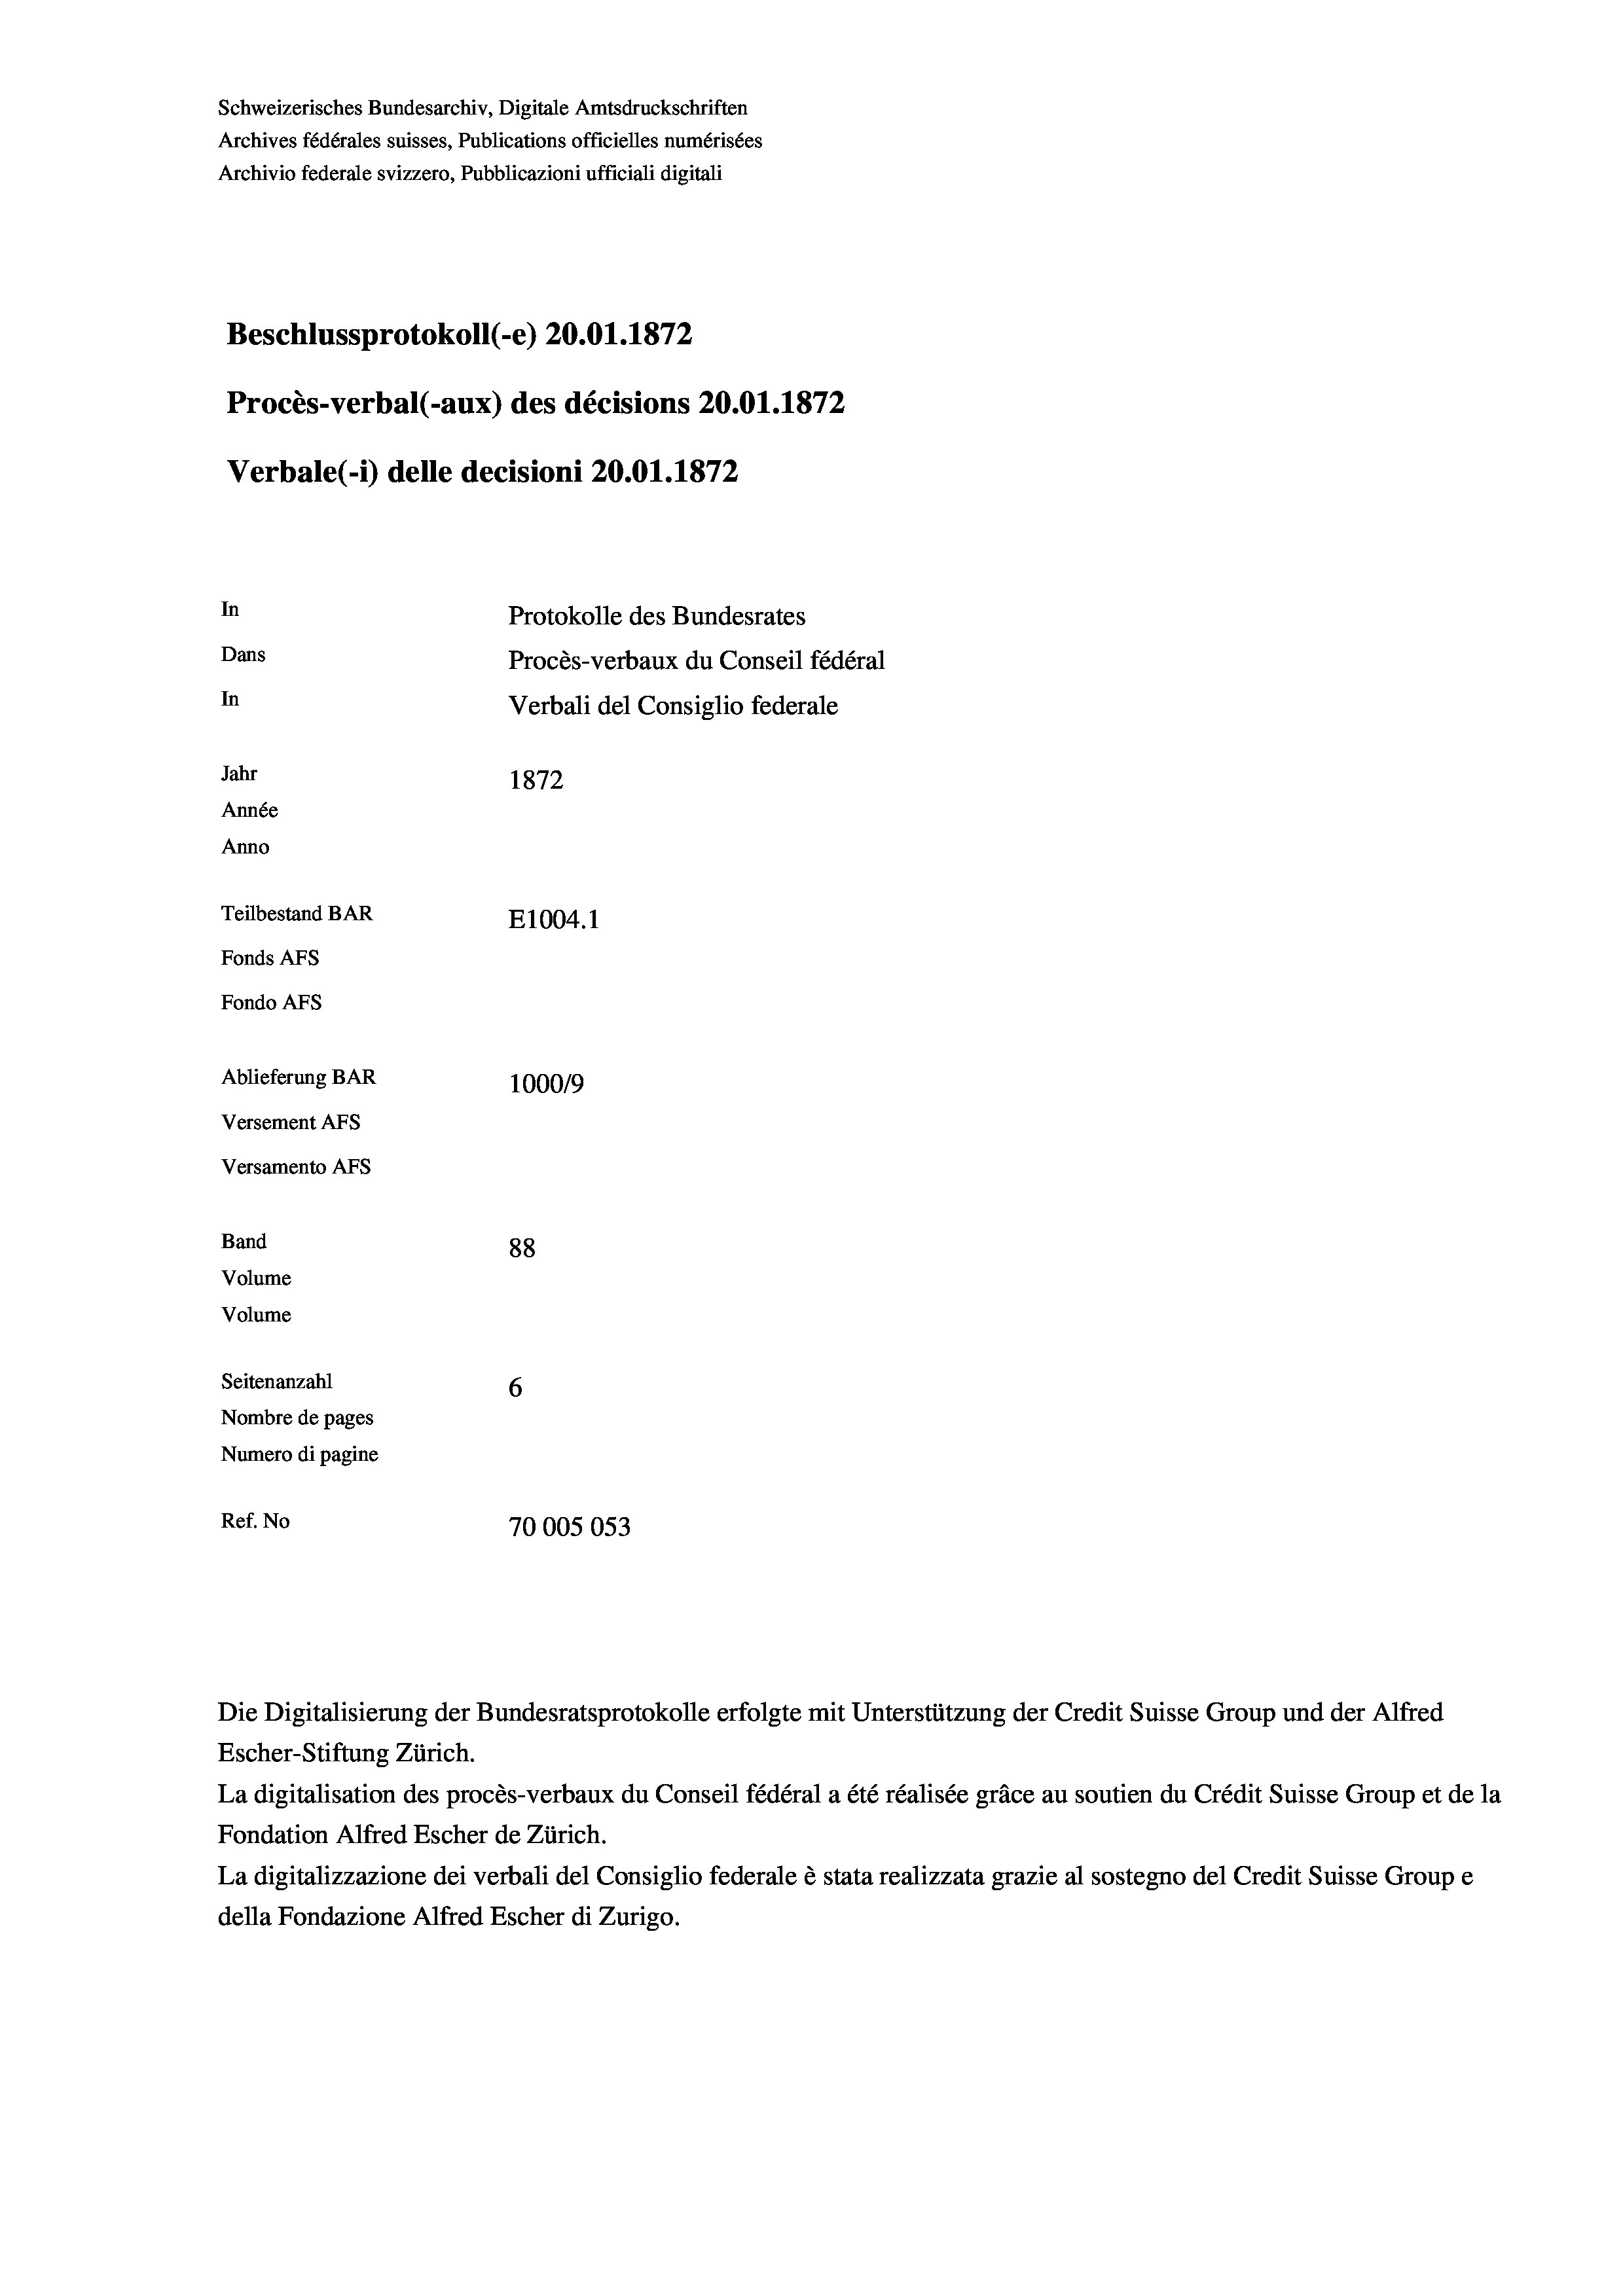
Schweizerisches Bundesarchiv, Digitale Amtsdruckschriften
Archives fédérales suisses, Publications officielles numérisées
Archivio federale svizzero, Pubblicazioni ufficiali digitali
Beschlussprotokoll (-e) 20.01. 1872
Procès-verbal (-aux) des décisions 20.01.1872
Verbale (-*) delle decisioni 20.01. 1872
In
Protokolle des Bundesrates
Dans
Procès-verbaux du Conseil fédéral
In
Verbali del Consiglio federale
Jahr
1872
Année
Anno
Teilbestand BAR
E1004. 1
Fonds AFs
Fondo AFs
Ablieferung BAR
100019
Versement Abs
Versamento Afs
Band
88
Volume
Volume
Seitenanzahl
6
Nombre de pages
Numero di pagine
Ref. No
70005053

Escher-Stiftung Zürich.
La digitalisation des procès-verbaux du Conseil fédéral a été réalisée gräce au soutien du Crédit Suisse Group et de la
Fondation Alfred Escher de Zürich.
La digitalizzazione dei verbali del Consiglio federale è stata realizzata grazie al sostegno del Credit Suisse Groupe
della Fondazione Alfred Escher di Zurigo.

Die Digitalisierung der Bundesratsprotokolle erfolgte mit Unterstützung der Credit Suisse Group und der Alfred